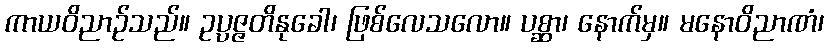
ကာယဝိညာဉ်သည်။ ဥပ္ပဇ္ဇတိနုခေါ၊ ဖြစ်လေသလော။ ပစ္ဆာ၊ နောက်မှ။ မနောဝိညာဏံ၊